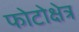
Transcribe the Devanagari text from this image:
फोटोक्षेत्र